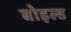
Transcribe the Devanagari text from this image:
बोइल्ड